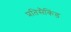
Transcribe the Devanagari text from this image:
प्रतिसैकिंड